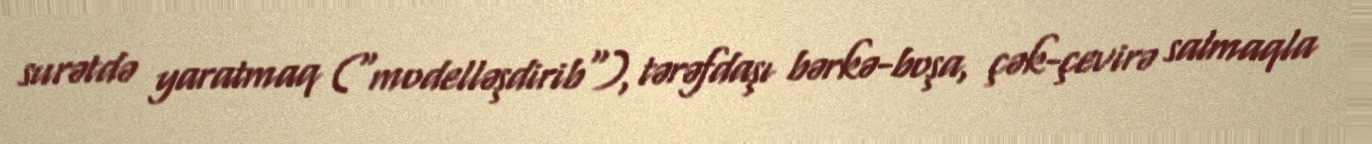
surətdə yaratmaq ("modelləşdirib"), tərəfdaşı bərkə-boşa, çək-çevirə salmaqla